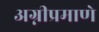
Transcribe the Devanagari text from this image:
अग्नीप्रमाणे